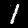
Label: 1